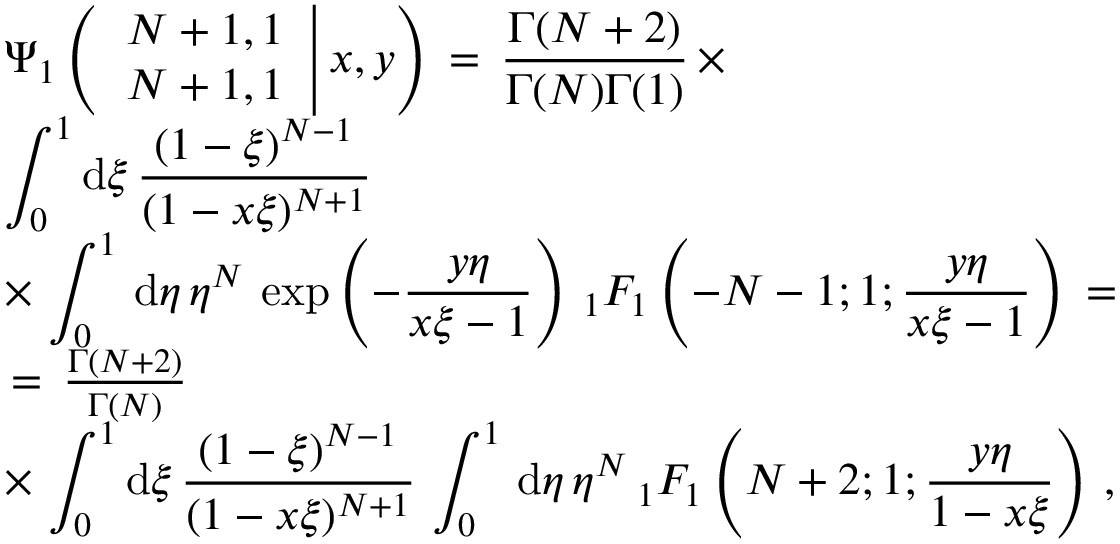
\begin{array} { l } { \displaystyle \Psi _ { 1 } \left( \left. \begin{array} { l } { N + 1 , 1 } \\ { N + 1 , 1 } \end{array} \right| x , y \right) \, = \, \frac { \Gamma ( N + 2 ) } { \Gamma ( N ) \Gamma ( 1 ) } \, \times } \\ { \displaystyle \int _ { 0 } ^ { 1 } \mathrm { d } \xi \, \frac { ( 1 - \xi ) ^ { N - 1 } } { ( 1 - x \xi ) ^ { N + 1 } } \, \, } \\ { \displaystyle \times \, \int _ { 0 } ^ { 1 } \, \mathrm { d } \eta \, \eta ^ { N } \, \exp \left( - \frac { y \eta } { x \xi - 1 } \right) \, _ { 1 } F _ { 1 } \left( - N - 1 ; 1 ; \frac { y \eta } { x \xi - 1 } \right) \, = \, } \\ { \, = \, \frac { \Gamma ( N + 2 ) } { \Gamma ( N ) } \, \, } \\ { \displaystyle \times \, \displaystyle \int _ { 0 } ^ { 1 } \mathrm { d } \xi \, \frac { ( 1 - \xi ) ^ { N - 1 } } { ( 1 - x \xi ) ^ { N + 1 } } \, \int _ { 0 } ^ { 1 } \, \mathrm { d } \eta \, \eta ^ { N } \, _ { 1 } F _ { 1 } \left( N + 2 ; 1 ; \frac { y \eta } { 1 - x \xi } \right) \, , } \end{array}